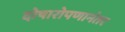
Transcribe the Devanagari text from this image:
दोषारोपणानंतर